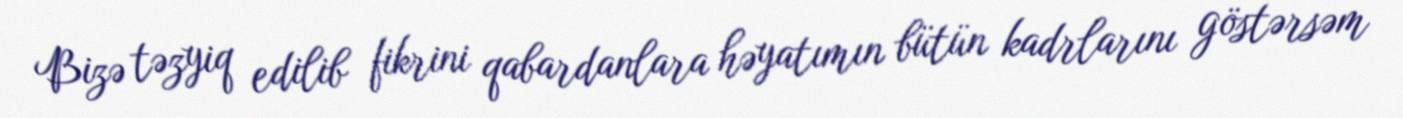
Bizə təzyiq edilib fikrini qabardanlara həyatımın bütün kadrlarını göstərsəm